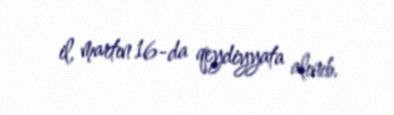
il, martın 16-da qeydiyyata alınıb.